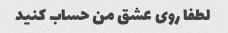
لطفا روی عشق من حساب کنید